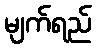
မျက်ရည်